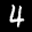
Label: 4